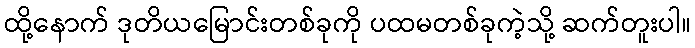
ထို့နောက် ဒုတိယမြောင်းတစ်ခုကို ပထမတစ်ခုကဲ့သို့ ဆက်တူးပါ။